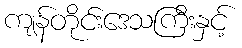
ကျန်တိုင်းဒေသကြီးနှင့်